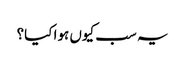
یہ سب کیوں ہوا کیا؟